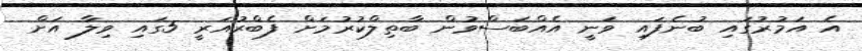
އެ އަމުރުގައި ބުނެފައި ވަނީ އެއްބަސްވުން ބާތިލްކުރުމަށް ފެބްރުއަރީ 5ގައި ވިލާ އަށް